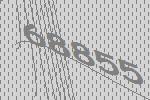
68855